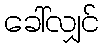
ခေါ်လျှင်